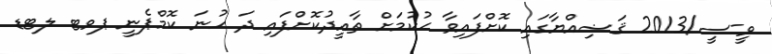
ވީ-ސީ/2013 ޤަޟިއްޔާގައި ކޮށްފައިވާ ޙުކުމަށް ތާއީދުކޮށްފައި ދަ ހުނަ ކޮމްޕެނީ ޕވޓ ލޓޑ